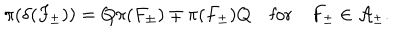
\pi ( \delta ( F _ { \pm } ) ) = Q \pi ( F _ { \pm } ) \mp \pi ( F _ { \pm } ) Q \quad \mathrm { f o r } \quad F _ { \pm } \in { \cal A } _ { \pm } .